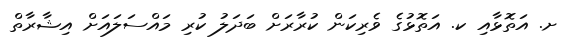
ށ. އަތޮޅާއި ކ. އަތޮޅުގެ ވެރިކަން ކުރާރަށް ބަދަލު ކުރި މައްސަލައަށް އިޝާރާތް